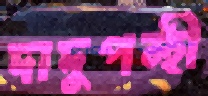
দাদুপন্হী